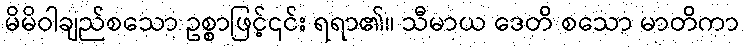
မိမိဝါချည်စသော ဥစ္စာဖြင့်၎င်း ရရာ၏။ သီမာယ ဒေတိ စသော မာတိကာ